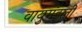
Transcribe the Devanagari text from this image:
वायुमंडली